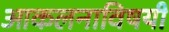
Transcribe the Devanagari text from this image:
आकलनाविषयी